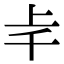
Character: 𠦋